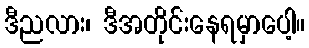
ဒီညလား၊ ဒီအတိုင်းနေရမှာပေါ့။